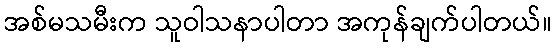
အစ်မသမီးက သူဝါသနာပါတာ အကုန်ချက်ပါတယ်။